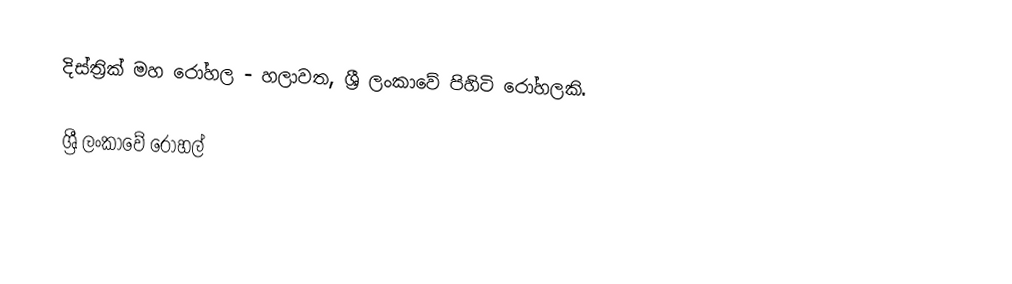
දිස්ත්‍රික් මහ රෝහල - හලාවත, ශ්‍රී ලංකාවේ පිහිටි රෝහලකි.

ශ්‍රී ලංකාවේ රෝහල්